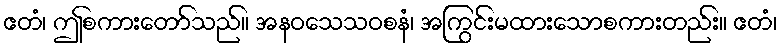
ဧတံ၊ ဤစကားတော်သည်။ အနဝသေသဝစနံ၊ အကြွင်းမထားသောစကားတည်း။ ဧတံ၊